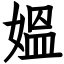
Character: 媼